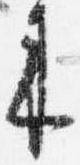
来